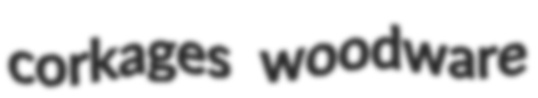
corkages woodware